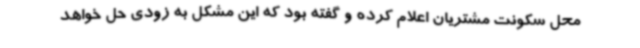
محل سکونت مشتریان اعلام کرده و گفته بود که این مشکل به زودی حل خواهد